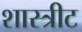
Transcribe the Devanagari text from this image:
शास्त्रीट